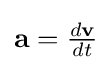
{\textstyle \mathbf {a} ={\frac {d\mathbf {v} }{dt}}}